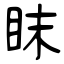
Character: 眜